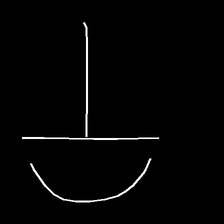
Glyph: dispersion